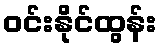
ဝင်းနိုင်ထွန်း